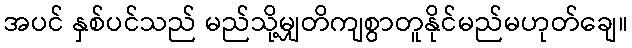
အပင် နှစ်ပင်သည် မည်သို့မျှတိကျစွာတူနိုင်မည်မဟုတ်ချေ။